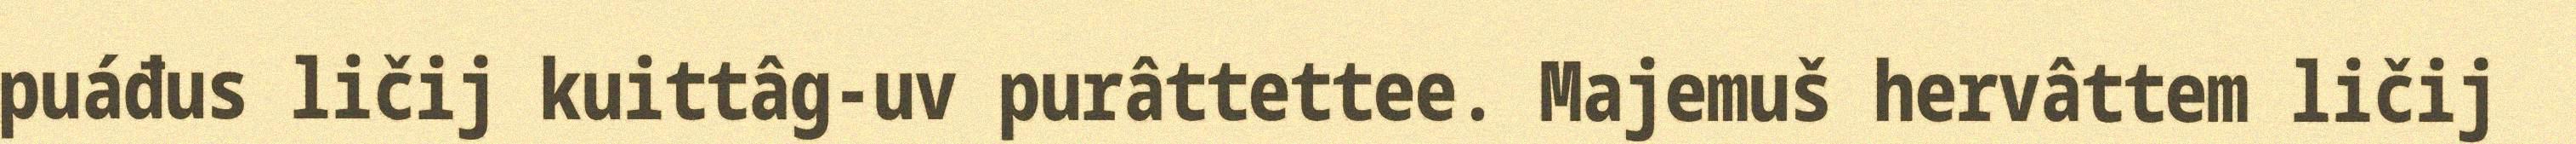
puáđus ličij kuittâg-uv purâttettee. Majemuš hervâttem ličij